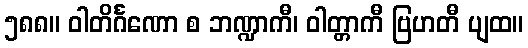
၅၈၈။ ဝါတိင်္ဂဏော စ ဘဏ္ဍာကီ၊ ဝါတ္တာကီ ဗြဟတီ ပျထ။